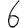
Digit: 6